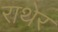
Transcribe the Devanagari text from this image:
राथेर